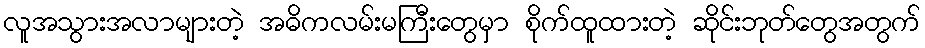
လူအသွားအလာများတဲ့ အဓိကလမ်းမကြီးတွေမှာ စိုက်ထူထားတဲ့ ဆိုင်းဘုတ်တွေအတွက်